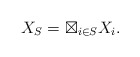
\begin{align*} X_S =\boxtimes_{i\in S} X_i. \end{align*}